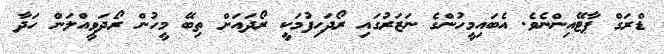
ޑްރަގް ޕާޓޭއިންނެވެ. އެބައިމީހުންގެ ނަޒަރުގައި ރޯދަހިފުމަކީ ރޯދައަށް ތިބޭ މީހުން ރޯދަވީއްލަން ހަދާ